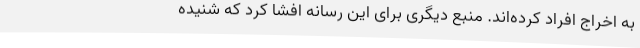
به اخراج افراد کرده‌اند. منبع دیگری برای این رسانه افشا کرد که شنیده